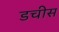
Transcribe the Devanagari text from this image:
डचीस